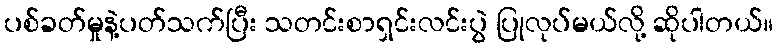
ပစ်ခတ်မှုနဲ့ပတ်သက်ပြီး သတင်းစာရှင်းလင်းပွဲ ပြုလုပ်မယ်လို့ ဆိုပါတယ်။